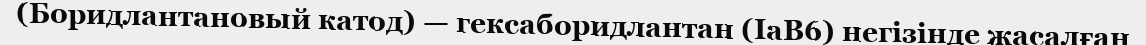
(Боридлантановый катод) — гексаборидлантан (IаВ6) негізінде жасалған